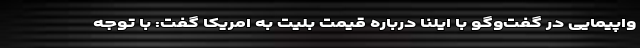
واپیمایی در گفت‌وگو با ایلنا درباره قیمت بلیت به امریکا گفت: با توجه